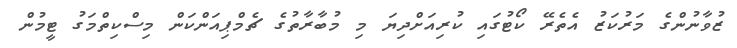
ޒުވާނުންގެ މަރުކަޒު އެތެރޭ ކޯޓުގައި ކުރިއަށްދިޔަ މި މުބާރާތުގެ ޗެމްޕިއަންކަން މިސްކިތްމަގު ޓީމުން